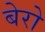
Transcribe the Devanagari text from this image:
बेरो